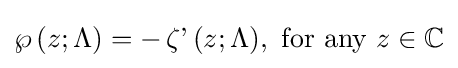
\operatorname {\wp } {(z;\Lambda )}=-\operatorname {\zeta '} {(z;\Lambda )},{\mbox{ for any }}z\in \mathbb {C}